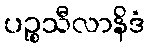
ပဉ္စသီလာနိဒံ